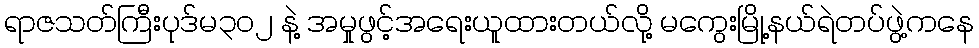
ရာဇသတ်ကြီးပုဒ်မ၃၀၂ နဲ့ အမှုဖွင့်အရေးယူထားတယ်လို့ မကွေးမြို့နယ်ရဲတပ်ဖွဲ့ကနေ